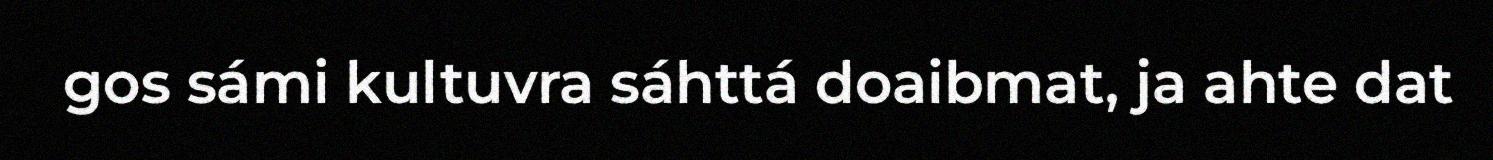
gos sámi kultuvra sáhttá doaibmat, ja ahte dat